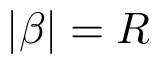
| \beta | = R